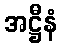
အဋ္ဌီနံ